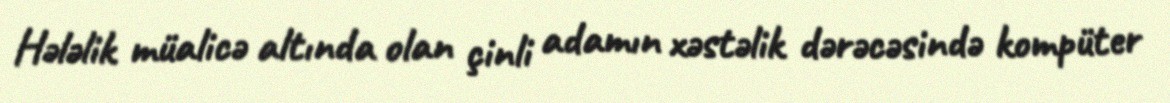
Hələlik müalicə altında olan çinli adamın xəstəlik dərəcəsində kompüter